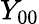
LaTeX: Y_{00}